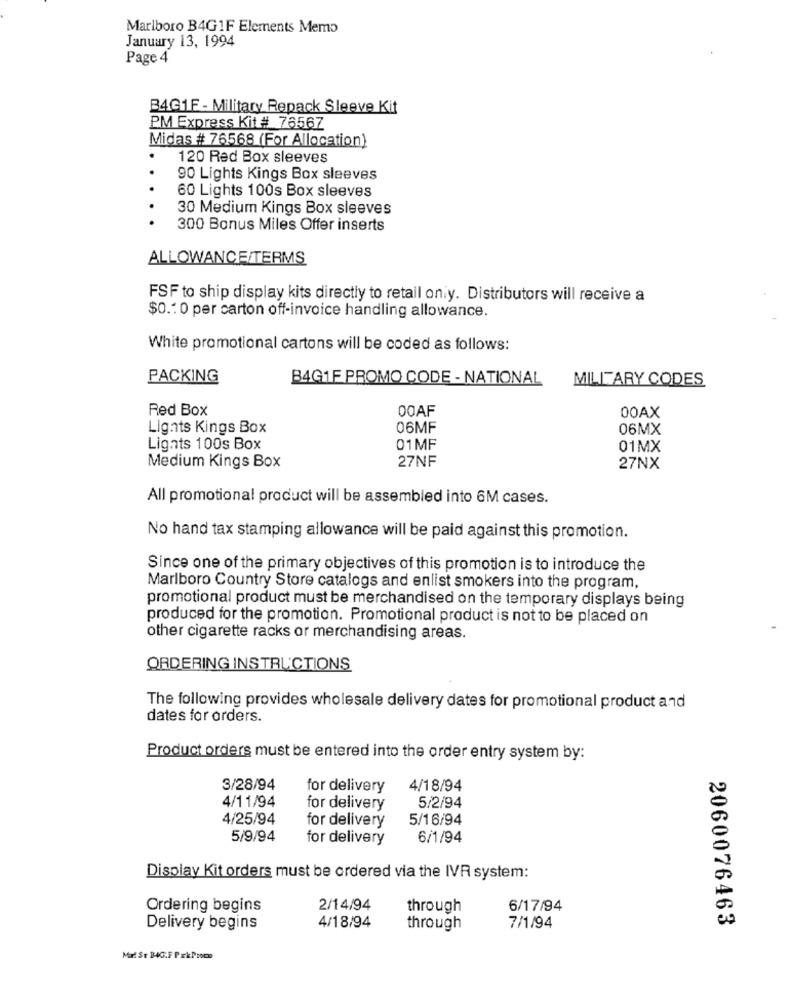
Marlboro B4GIF Elements Memo
January 13, 1994
Page 4
B4G1F - Military Repack Sleeve Kit
PM Express Kit # 76567
Midas # 76568 (For Allocation)
120 Red Box sleeves
.
90 Lights Kings Box sleeves
.
60 Lights 100s Box sleeves
30 Medium Kings Box sleeves
300 Bonus Miles Offer inserts
ALLOWANCE/TERMS
FSF to ship display kits directly to retail on y. Distributors will receive a
$0.1 0 per carton off-invoice handling allowance.
White promotional cartons will be coded as follows:
PACKING
B4G1F PROMO CODE - NATIONAL
MILITARY CODES
00AF
Red Box
00AX
Lights Kings Box
06MF
06MX
Lights 100s Box
01MF
01MX
Medium Kings Box
27NF
27NX
All promotional product will be assembled into 6M cases.
No hand tax stamping allowance will be paid against this promotion.
Since one of the primary objectives of this promotion is to introduce the
Marlboro Country Store catalogs and enlist smokers into the program,
promotional product must be merchandised on the temporary displays being
produced for the promotion. Promotional product is not to be placed on
other cigarette racks or merchandising areas.
ORDERING INSTRUCTIONS
The following provides wholesale delivery dates for promotional product and
dates for orders.
Product orders must be entered into the order entry system by:
3/28/94
for delivery
4/18/94
4/11/94
for delivery
5/2/94
4/25/94
for delivery
5/16/94
5/9/94
for delivery
6/1/94
Display Kit orders must be ordered via the IVR system:
Ordering begins
2/14/94
through
6/17/94
4/18/94
Delivery begins
through
7/1/94
2060076463
Mat St B4C.F PrkProc